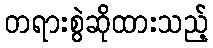
တရားစွဲဆိုထားသည့်